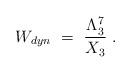
LaTeX: \begin{align*} W_{dyn} ~=~{\Lambda_3^7 \over X_3}\; .\end{align*}